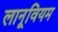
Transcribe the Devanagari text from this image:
लानूवियम